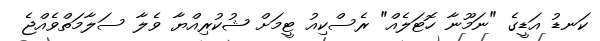
ކަނޑު އަޑީގެ "ނަމޫނާ ހޮޓަލެއް" ރެސްކިއު ޓީމަށް ޝުކުރިއްޔާ ވެލާ ސަލާމަތްވެއްޖެ